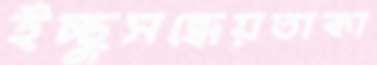
ইচ্ছুসন্ধেয়তাকা